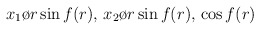
\begin{align*}{x_1 \o r} \sin f(r) , \, {x_2 \o r} \sin f(r) , \, \cos f(r)\end{align*}